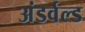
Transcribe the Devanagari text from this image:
अंडर्वल्ड